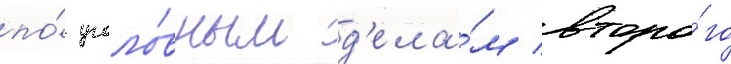
по́ уголо́вным д'ела́м второ́го